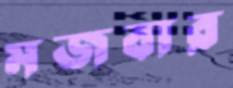
মজবার